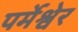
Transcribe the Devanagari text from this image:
पर्मेश्वेर